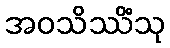
အဝသိဿိံသု